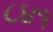
૮૪૧